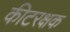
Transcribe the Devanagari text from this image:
कीटरक्षक